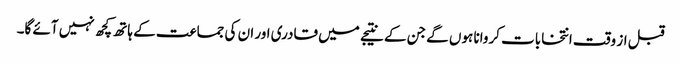
قبل از وقت انتخابات کروانا ہوں گے جن کے نتیجے میں قادری اور ان کی جماعت کے ہاتھ کچھ نہیں آئے گا۔